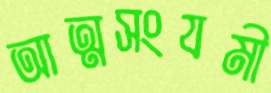
আত্মসংযমী